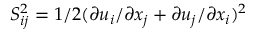
S _ { i j } ^ { 2 } = 1 / 2 ( \partial u _ { i } / \partial x _ { j } + \partial u _ { j } / \partial x _ { i } ) ^ { 2 }